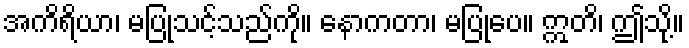
အကိရိယာ၊ မပြုသင့်သည်ကို။ နောကတာ၊ မပြုပေ။ ဣတိ၊ ဤသို့။